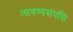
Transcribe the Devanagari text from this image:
लावण्यसंपत्ति